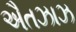
ઐતઝાઝ